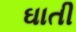
ઘાતી